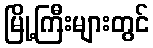
မြို့ကြီးများတွင်